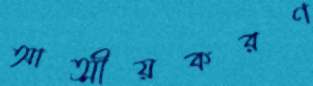
আত্মীয়করণ